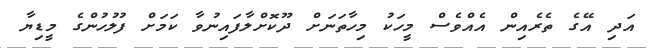
އަދި އޭގެ ތެރެއިން އެއްވެސް މީހަކު މިހާތަނަށް ދޫކޮށްލާފައިނުވާ ކަމަށް ފުލުހުންގެ މީޑިޔާ